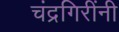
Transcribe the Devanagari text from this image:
चंद्रगिरींनी